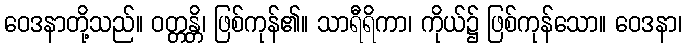
ဝေဒနာတို့သည်။ ဝတ္တန္တိ၊ ဖြစ်ကုန်၏။ သာရီရိကာ၊ ကိုယ်၌ ဖြစ်ကုန်သော။ ဝေဒနာ၊